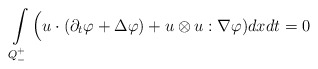
\begin{align*} \int\limits_{Q^+_-}\Big(u\cdot(\partial_t\varphi+\Delta \varphi)+u\otimes u:\nabla\varphi)dx dt=0\end{align*}